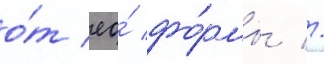
о́т ео́ фо́рмы //